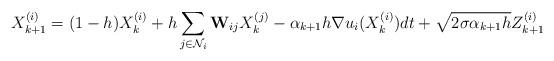
LaTeX: \begin{align*}X^{(i)}_{k+1} = (1-h)X^{(i)}_{k}+h\sum_{j\in\mathcal{N}_i}\mathbf{W}_{ij}X^{(j)}_k -\alpha_{k+1}h \nabla u_i(X^{(i)}_k) dt+ \sqrt{2\sigma\alpha_{k+1}h} Z^{(i)}_{k+1}\end{align*}